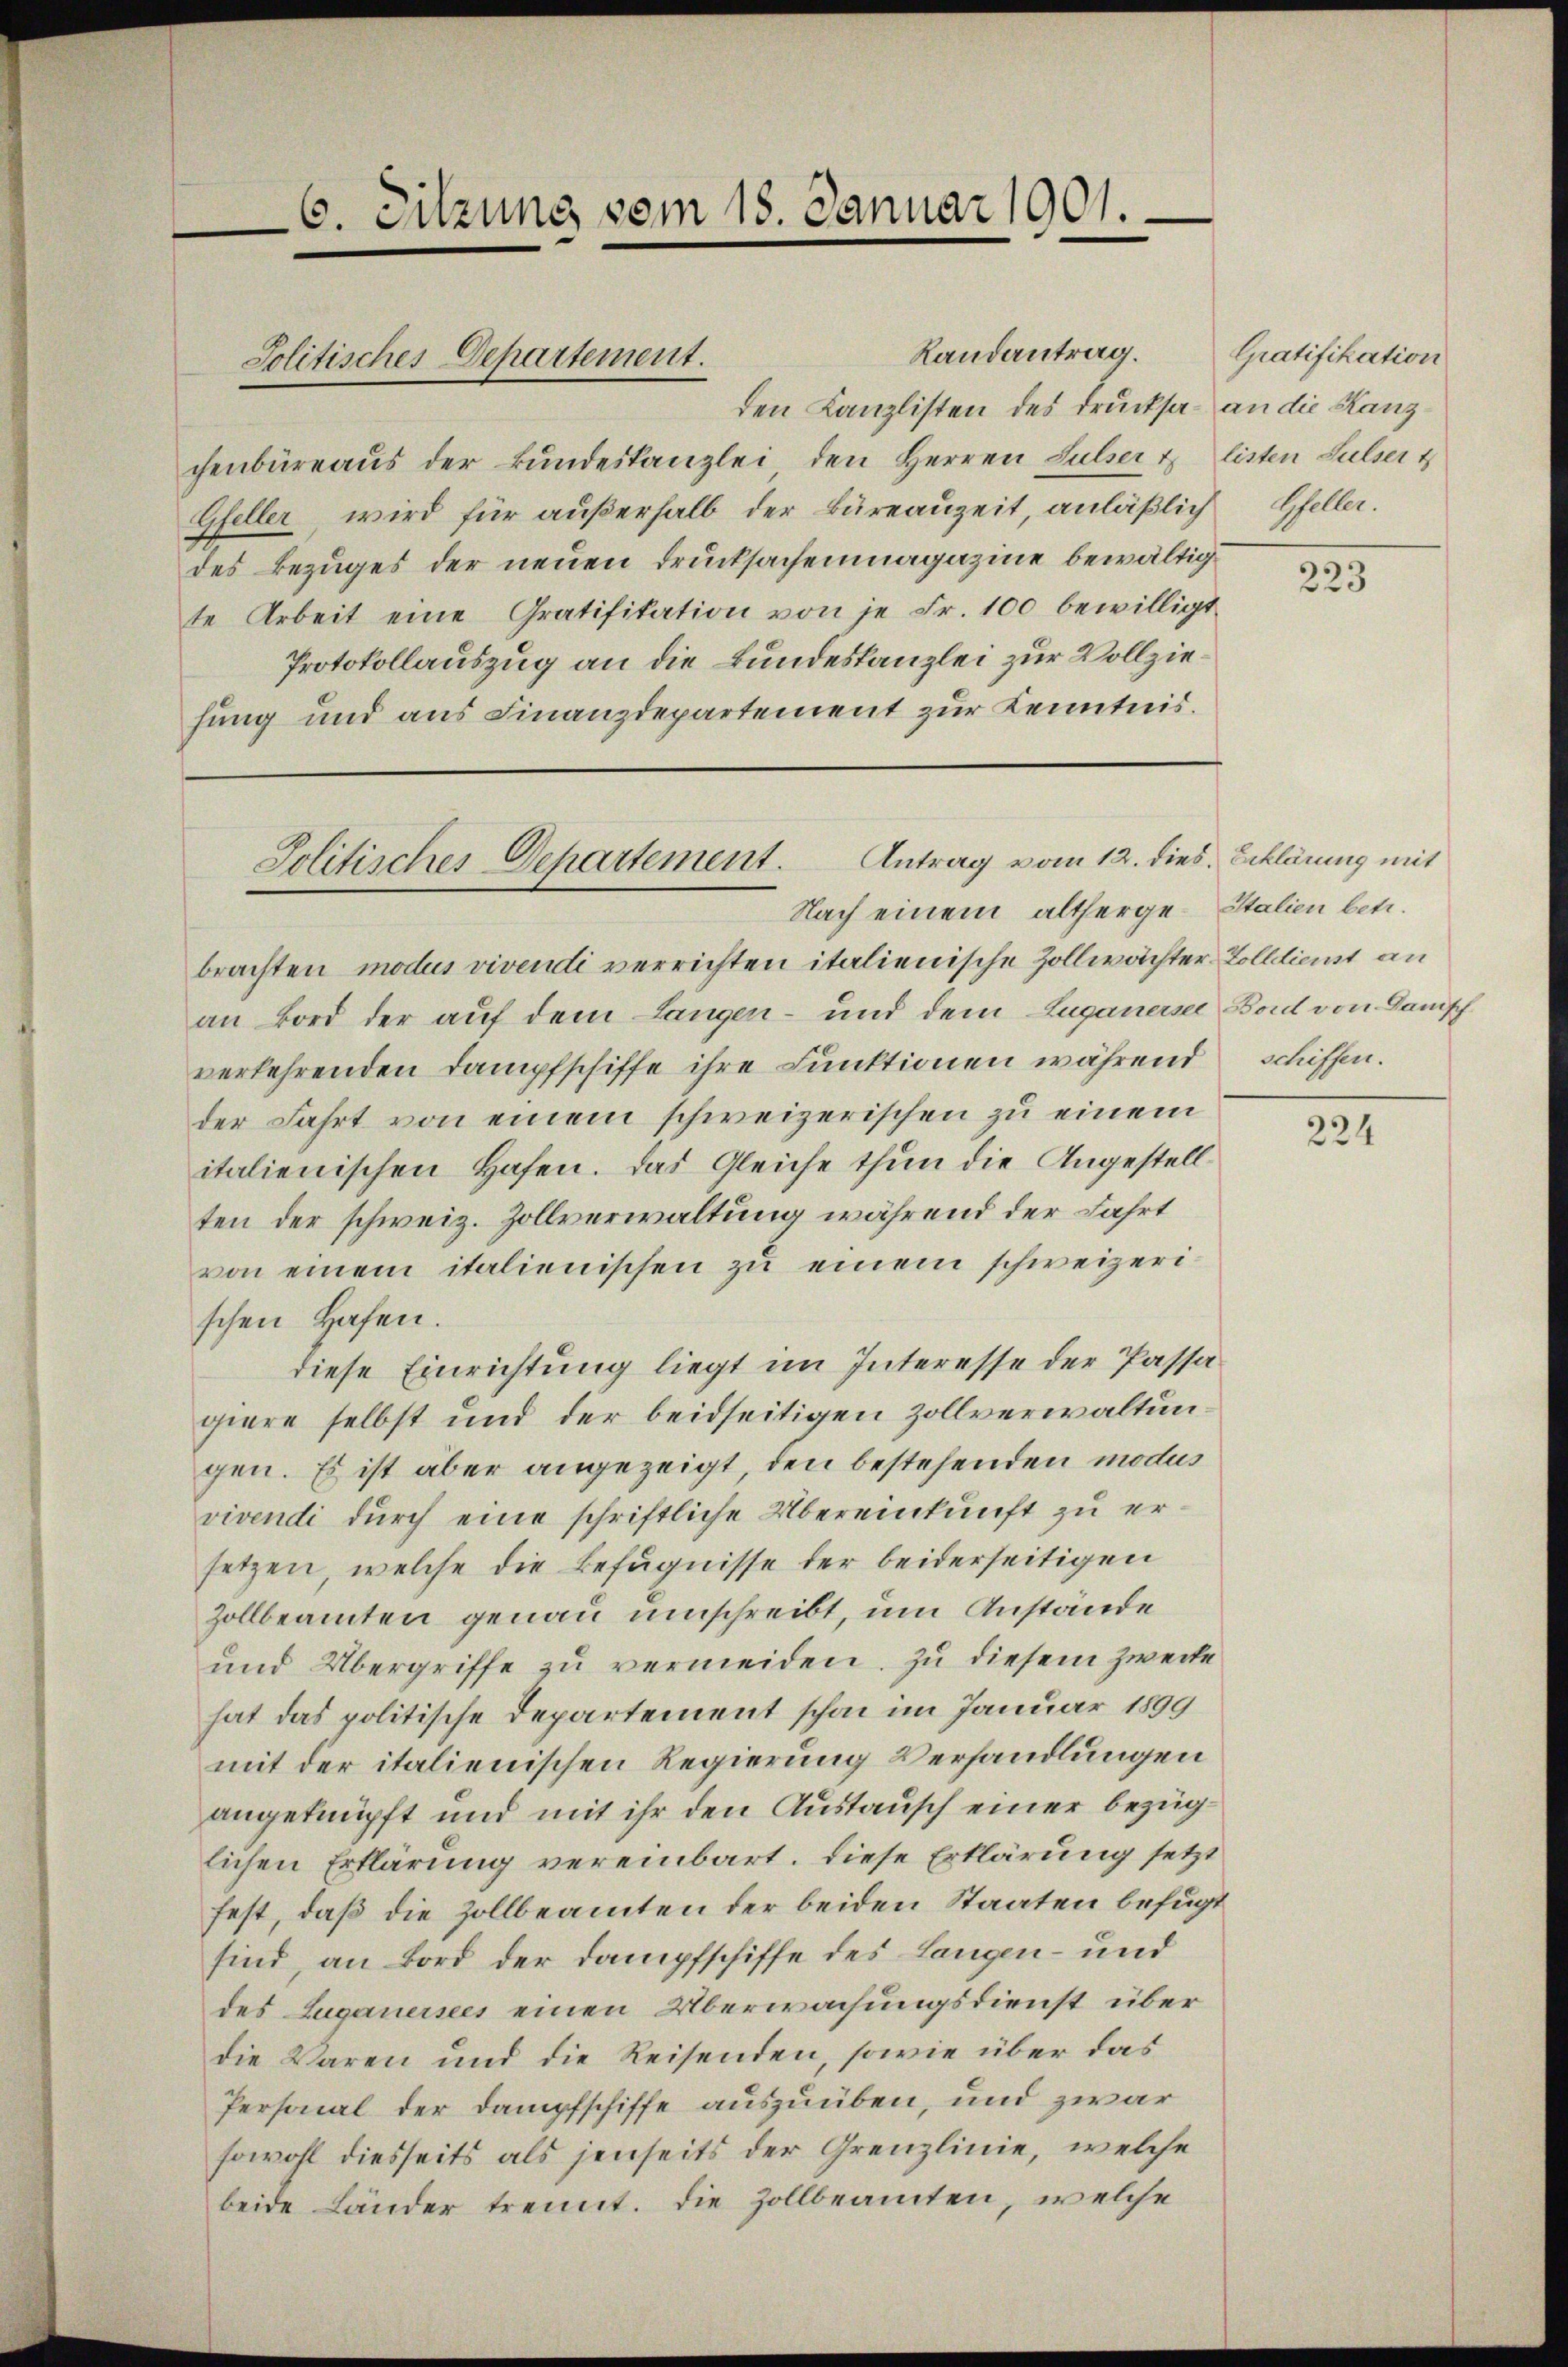
Randantrag. Gratifikation
den Kanzlisten des Drucksa- an die Kanzchenbüreaus der Bundeskanzlei den Herren Sulser & listen Sulzer t
Gfeller wird für außerhalb der Büreauzeit, anläßlich
des Bezuges der neuen Drucksachenmagazine bewältigte Arbeit eine Gratifikation von je Fr. 100 bewilligt
Protokollauszug an die Bundeskanzlei zur Vollziehung und aus Finanzdepartement zur Kenntnis.

6. Sitzung vom 18. Januar 1901.

Jolitisches Departement.

Nach einem altherge- Italien betr.
brachten modus vivendi verrichten italienische Zollwächter
an Bord der auf dem Langen – und dem Zuganersei
verkehrenden Dampfschiffe ihre Funktionen während
der Fahrt von einem schweizerischen zu einem
italienischen Hafen. Das Gleiche thun die Angestellten der schweiz. Zollverwaltung während der Fahrt
von einem italienischen zu einem schweizerischen Hafen.
diese Einrichtung liegt im Interesse der Passagiere selbst und der beidseitigen Zollverwaltungen. Es ist aber angezeigt, den bestehenden modus
vivendi durch eine schriftliche Übereinkunft zu ersetzen, welche die Befugnisse der beiderseitigen
Zollbeamten genau umschreibt, um Anstände
und Übergriffe zu vermeiden. Zu diesem Zwecke
hat das politische Departement schon im Januar 1899
mit der italienischen Regierung Verhandlungen
angeknüpft und mit ihr den Austausch einer bezüglichen Erklärung vereinbart. Diese Erklärung setzt
fest, daß die Zollbeamten der beiden Staaten befugt
sind, an Bord der Dampfschiffe des Langen – und
des Luganersees einen Überwachungsdienst über
die Waren und die Reisenden, sowie über das
Personal der Dampfschiffe auszuüben, und zwar
sowohl diesseits als jenseits der Grenzlinie, welche
beide Länder trennt. Die Zollbeamten, welche

Jolitisches Departement. Antrag vom 12. dies. Erklärung mit

Gfeller.

223

Zolldienst an
Bord von Danisch
schüssen.

224